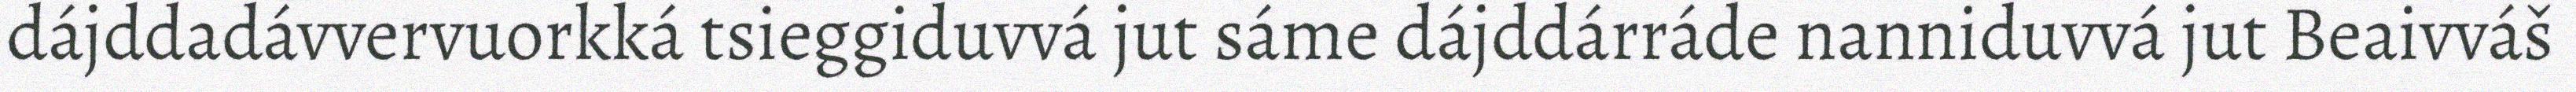
dájddadávvervuorkká tsieggiduvvá jut sáme dájddárráde nanniduvvá jut Beaivváš